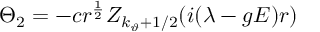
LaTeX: \Theta _ { 2 } = - c r ^ { \frac 1 2 } Z _ { k _ { \vartheta } + 1 / 2 } ( i ( \lambda - g E ) r )